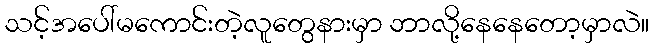
သင့်အပေါ်မကောင်းတဲ့လူတွေနားမှာ ဘာလို့နေနေတော့မှာလဲ။